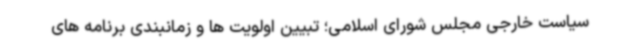
سیاست خارجی مجلس شورای اسلامی؛ تبیین اولویت ها و زمانبندی برنامه های